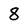
Character: 8